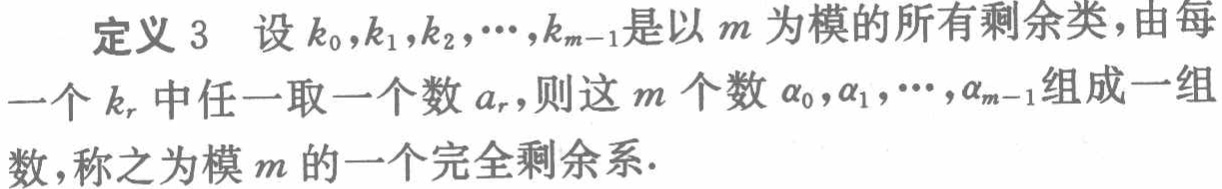
定义 3 设 \(k_0,k_1,k_2,\cdots,k_{m - 1}\)是以 \(m\)为模的所有剩余类，由每一个 \(k_r\)中任一取一个数 \(a_r\)，则这 \(m\)个数 \(\alpha_0,\alpha_1,\cdots,\alpha_{m - 1}\)组成一组数，称之为模 \(m\)的一个完全剩余系.